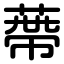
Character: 蔕